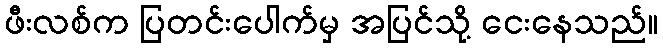
ဖီးလစ်က ပြတင်းပေါက်မှ အပြင်သို့ ငေးနေသည်။